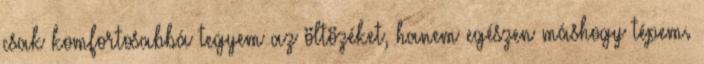
csak komfortosabbá tegyem az öltözéket, hanem egészen máshogy tépem.